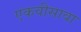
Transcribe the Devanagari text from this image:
एकवीसावा